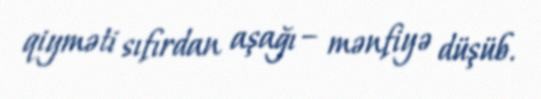
qiyməti sıfırdan aşağı – mənfiyə düşüb.